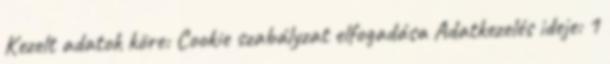
Kezelt adatok köre: Cookie szabályzat elfogadása Adatkezelés ideje: 1